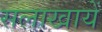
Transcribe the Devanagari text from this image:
सलाखायें